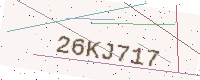
Text: 26KJ717